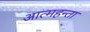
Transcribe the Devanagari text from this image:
आत्महन्ता